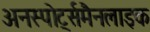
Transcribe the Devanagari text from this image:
अनस्पोर्ट्समैनलाइक